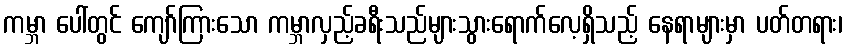
ကမ္ဘာ ပေါ်တွင် ကျော်ကြားသော ကမ္ဘာလှည့်ခရီးသည်များသွားရောက်လေ့ရှိသည့် နေရာများမှာ ပတ်တရား၊